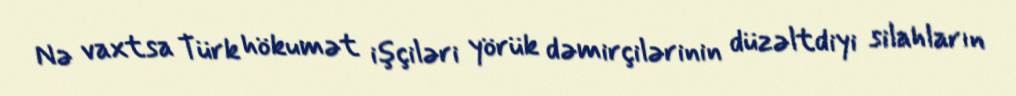
Nə vaxtsa Türk hökumət işçiləri yörük dəmirçilərinin düzəltdiyi silahların